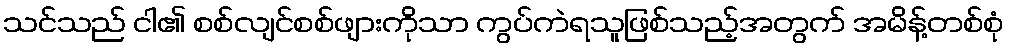
သင်သည် ငါ၏ စစ်လျင်စစ်ဖျားကိုသာ ကွပ်ကဲရသူဖြစ်သည့်အတွက် အမိန့်တစ်စုံ